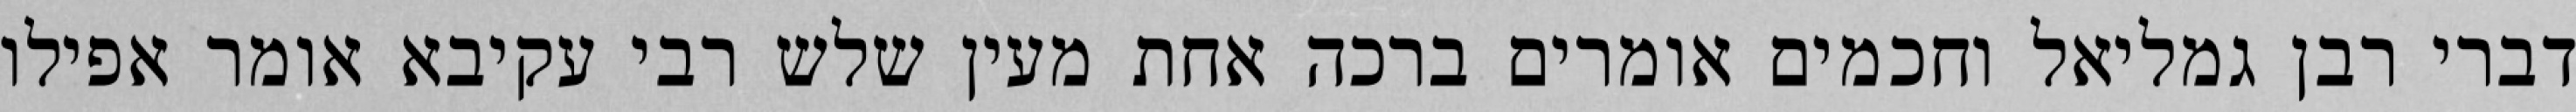
דברי רבן גמליאל וחכמים אומרים ברכה אחת מעין שלש רבי עקיבא אומר אפילו